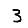
Digit: 3